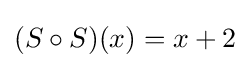
(S\circ S)(x)=x+2